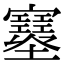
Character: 𡔂